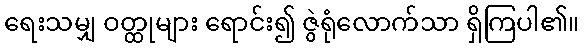
ရေးသမျှ ဝတ္ထုများ ရောင်း၍ ဇွဲရုံလောက်သာ ရှိကြပါ၏။